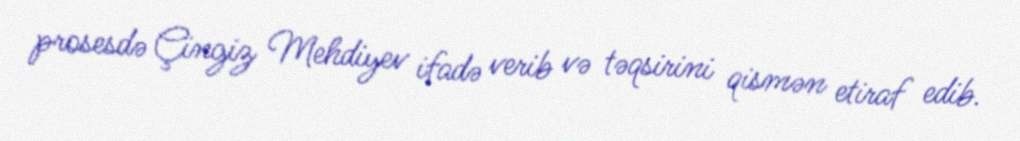
prosesdə Çingiz Mehdiyev ifadə verib və təqsirini qismən etiraf edib.